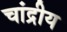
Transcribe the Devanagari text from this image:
चांद्रीय